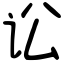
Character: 讼